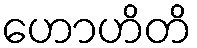
ဟောဟိတိ